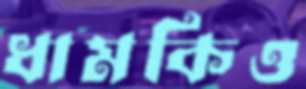
ধামকিও